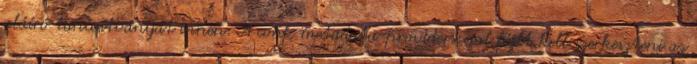
aláíró tanúsítványát innen: A conf metadata-providers.xml fájlt kell szerkeszteni az